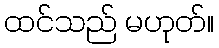
ထင်သည် မဟုတ်။